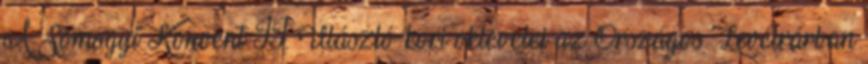
A Somogyi Konvent II. Ulászló-kori oklevelei az Országos Levélrárban